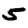
Digit: 5